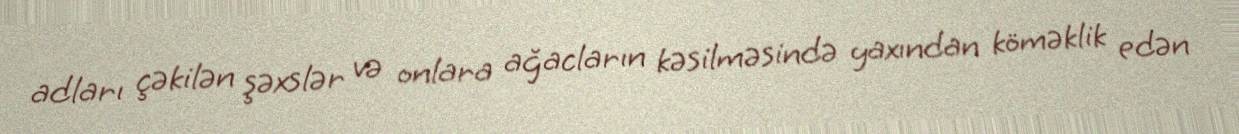
adları çəkilən şəxslər və onlara ağacların kəsilməsində yaxından köməklik edən